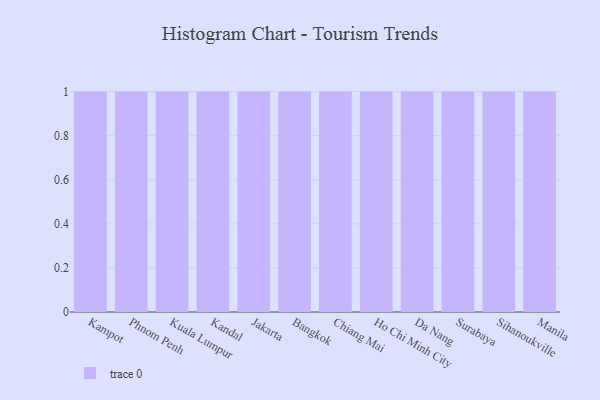
{"axis": {"x": "City", "y": "Net Income (USD K)"}, "legend": [""], "data": [{"x": "Kampot", "y": 27, "type": ""}, {"x": "Phnom Penh", "y": 56, "type": ""}, {"x": "Kuala Lumpur", "y": 47, "type": ""}, {"x": "Kandal", "y": 93, "type": ""}, {"x": "Jakarta", "y": 92, "type": ""}, {"x": "Bangkok", "y": 68, "type": ""}, {"x": "Chiang Mai", "y": 18, "type": ""}, {"x": "Ho Chi Minh City", "y": 56, "type": ""}, {"x": "Da Nang", "y": 90, "type": ""}, {"x": "Surabaya", "y": 3, "type": ""}, {"x": "Sihanoukville", "y": 48, "type": ""}, {"x": "Manila", "y": 48, "type": ""}]}